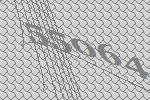
55064